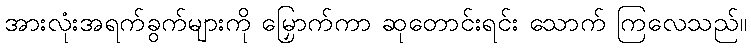
အားလုံးအရက်ခွက်များကို မြှောက်ကာ ဆုတောင်းရင်း သောက် ကြလေသည်။